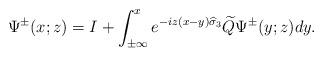
LaTeX: \begin{align*}\Psi^{\pm}(x;z)=I+\int_{\pm \infty}^xe^{-iz(x-y)\widehat{\sigma}_3}\widetilde{Q}\Psi^{\pm}(y;z)dy.\end{align*}